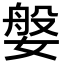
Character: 媻